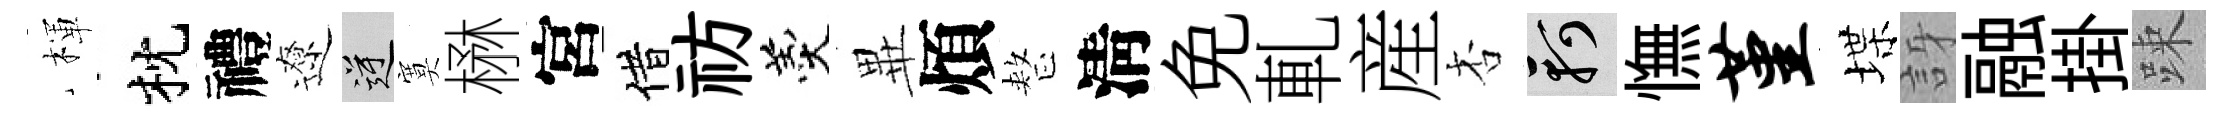
楎枕禮遼逆寞楙宮借祊羹𭺾煩整淸免軋産杏軻憮堇堞訝融掛踈